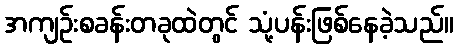
အကျဉ်းစခန်းတခုထဲတွင် သုံ့ပန်းဖြစ်နေခဲ့သည်။